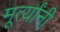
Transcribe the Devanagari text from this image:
मूर्त्यांनी